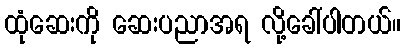
ထုံဆေးကို ဆေးပညာအရ လို့ခေါ်ပါတယ်။